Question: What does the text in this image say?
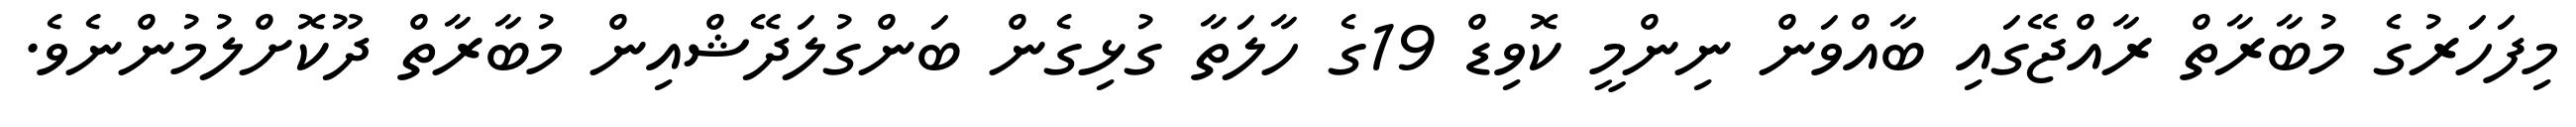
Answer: މިފަހަރުގެ މުބާރާތް ރާއްޖޭގައި ބާއްވަން ނިންމީ ކޮވިޑް 19ގެ ހާލަތާ ގުޅިގެން ބަންގުލަދޭޝްއިން މުބާރާތް ދޫކޮށްލުމުންނެވެ.